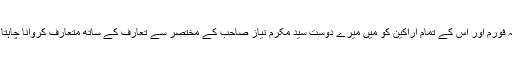
افسانہ فورم اور اس کے تمام اراکین کو میں میرے دوست سید مکرم نیاز صاحب کے مختصر سے تعارف کے ساتھ متعارف کروانا چاہتا ہوں۔